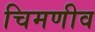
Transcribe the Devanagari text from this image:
चिमणीव